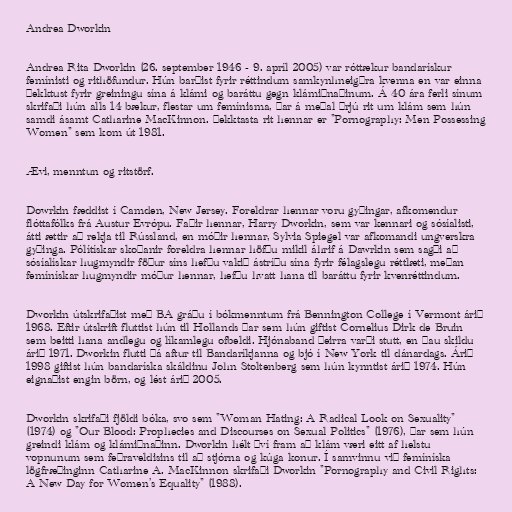
Andrea Dworkin

Andrea Rita Dworkin (26. september 1946 - 9. apríl 2005) var róttækur bandarískur
femínisti og rithöfundur. Hún barðist fyrir réttindum samkynhneigðra kvenna en var einna
þekktust fyrir greiningu sína á klámi og baráttu gegn klámiðnaðinum. Á 40 ára ferli sínum
skrifaði hún alls 14 bækur, flestar um femínisma, þar á meðal þrjú rit um klám sem hún
samdi ásamt Catharine MacKinnon. Þekktasta rit hennar er "Pornography: Men Possessing
Women" sem kom út 1981.

Ævi, menntun og ritstörf.

Dowrkin fæddist í Camden, New Jersey. Foreldrar hennar voru gyðingar, afkomendur
flóttafólks frá Austur Evrópu. Faðir hennar, Harry Dworkin, sem var kennari og sósíalisti,
átti ættir að rekja til Rússland, en móðir hennar, Sylvia Spiegel var afkomandi ungverskra
gyðinga. Pólítískar skoðanir foreldra hennar höfðu mikil áhrif á Dawrkin sem sagði að
sósíalískar hugmyndir föður síns hefðu vakið ástríðu sína fyrir félagslegu réttlæti, meðan
femínískar hugmyndir móður hennar, hefðu hvatt hana til baráttu fyrir kvenréttindum.

Dworkin útskrifaðist með BA gráðu í bókmenntum frá Bennington College í Vermont árið
1968. Eftir útskrift fluttist hún til Hollands þar sem hún giftist Cornelius Dirk de Bruin
sem beitti hana andlegu og líkamlegu ofbeldi. Hjónaband þeirra varði stutt, en þau skildu
árið 1971. Dworkin flutti þá aftur til Bandaríkjanna og bjó í New York til dánardags. Árið
1998 giftist hún bandaríska skáldinu John Stoltenberg sem hún kynntist árið 1974. Hún
eignaðist engin börn, og lést árið 2005.

Dworkin skrifaði fjöldi bóka, svo sem "Woman Hating: A Radical Look on Sexuality"
(1974) og "Our Blood: Prophecies and Discourses on Sexual Politics" (1976), þar sem hún
greindi klám og klámiðnaðinn. Dworkin hélt því fram að klám væri eitt af helstu
vopnunum sem feðraveldisins til að stjórna og kúga konur. Í samvinnu við femíníska
lögfræðinginn Catharine A. MacKinnon skrifaði Dworkin "Pornography and Civil Rights:
A New Day for Women’s Equality" (1988).